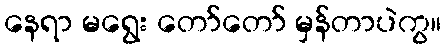
နေရာ မရွေး တော်တော် မှန်တာပဲကွ။